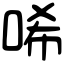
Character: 唏